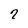
Character: 7